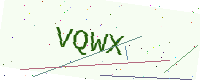
Text: VQWX